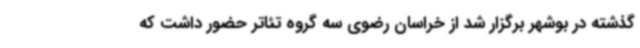
گذشته در بوشهر برگزار شد از خراسان رضوی سه گروه تئاتر حضور داشت که